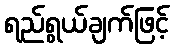
ရည်ရွယ်ချက်ဖြင့်